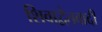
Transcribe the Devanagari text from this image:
शिवाद्वैतवादी